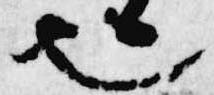
也